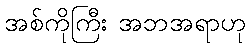
အစ်ကိုကြီး အဘအရာဟု